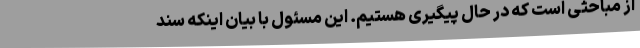
از مباحثی است که در حال پیگیری هستیم. این مسئول با بیان اینکه سند